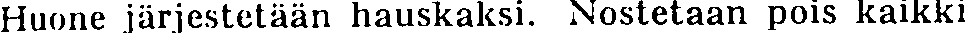
Huone järjestetään hauskaksi. Nostetaan pois kaikki